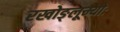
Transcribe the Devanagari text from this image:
रखोङ्लूम्योः